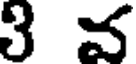
3 వ